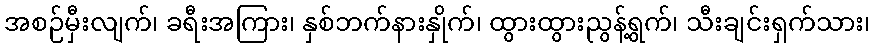
အစဉ်မှီးလျက်၊ ခရီးအကြား၊ နှစ်ဘက်နားနှိုက်၊ ထွားထွားညွန့်ရွက်၊ သီးချင်းရှက်သား၊